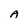
Character: A